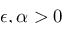
\epsilon , \alpha > 0